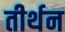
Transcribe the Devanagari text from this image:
तीर्थन